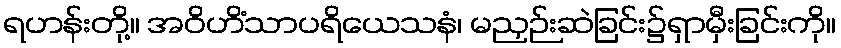
ရဟန်းတို့။ အဝိဟိံသာပရိယေသနံ၊ မညှဉ်းဆဲခြင်း၌ရှာမှီးခြင်းကို။